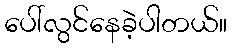
ပေါ်လွင်နေခဲ့ပါတယ်။